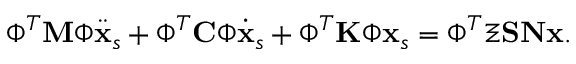
\boldsymbol { \Phi } ^ { T } \mathbf { M } \boldsymbol { \Phi } \ddot { \mathbf { x } } _ { s } + \boldsymbol { \Phi } ^ { T } \mathbf { C } \boldsymbol { \Phi } \dot { \mathbf { x } } _ { s } + \boldsymbol { \Phi } ^ { T } \mathbf { K } \boldsymbol { \Phi } \mathbf { x } _ { s } = \boldsymbol { \Phi } ^ { T } \boldsymbol { \Xi } \mathbf { S } \mathbf { N } \mathbf { x } .